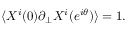
\langle X ^ { i } ( 0 ) \partial _ { \perp } X ^ { i } ( e ^ { i \theta } ) \rangle = 1 .